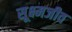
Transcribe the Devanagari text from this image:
सूक्ष्‍मजीव